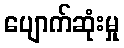
ပျောက်ဆုံးမှု